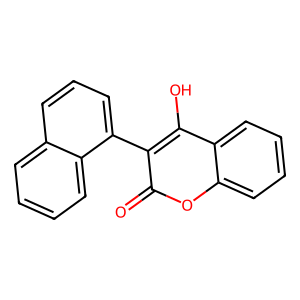
SMILES: O=c1oc2ccccc2c(O)c1-c1cccc2ccccc12
Inhibits HIV replication: No